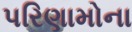
પરિણામોના